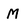
Character: M